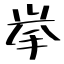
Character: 挙